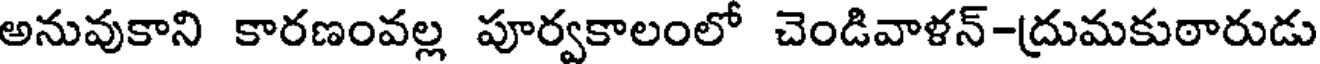
అనువుకాని కారణంవల్ల పూర్వకాలంలో చెండివాళన్-ద్రుమకుఠారుడు